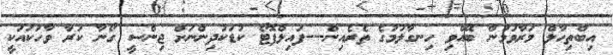
އިބްތިހާލް މަރާވުމުން ބޭއްވި ހިނގާލުމުގެ ތެރެއިން---ފައިލްފޮޓޯ ކުޑަކުދިންނަށް ޖިންސީ ގޯނާ ކުރާ ވާހަކައަކީ